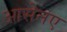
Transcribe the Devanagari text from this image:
आसेनए